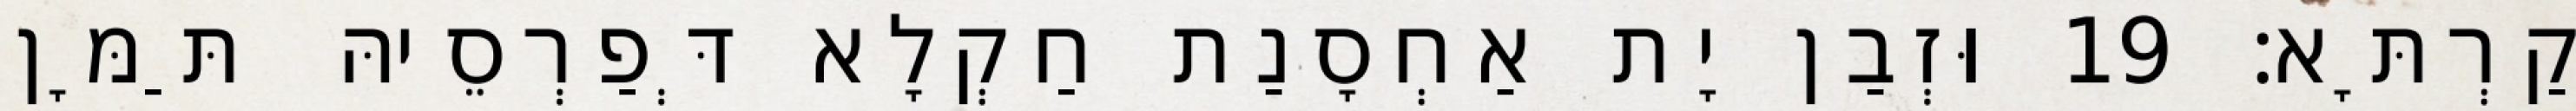
קַרְתָּא׃ 19 וּזְבַן יָת אַחְסָנַת חַקְלָא דְּפַרְסֵיהּ תַּמָּן